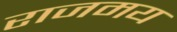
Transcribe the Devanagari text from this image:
राजमय